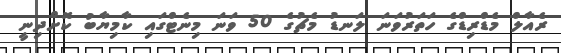
ރެއާލް މެޑްރިޑްގެ ހަތަރުވަނަ ލަނޑު މެޗުގެ 50 ވަނަ މިނެޓްގައި ކާމިޔާބު ކޮށްދިނީ